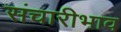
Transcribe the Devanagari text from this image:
संचारीभाव